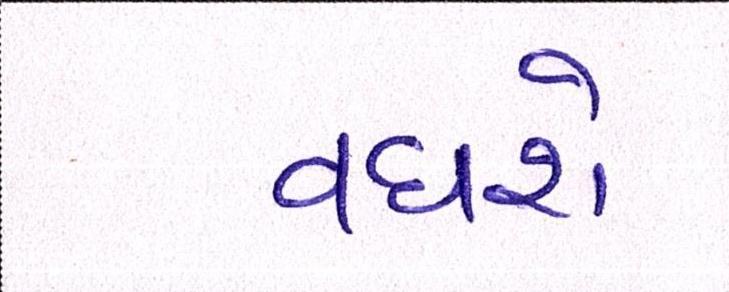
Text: વધશે